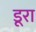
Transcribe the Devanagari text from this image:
डूरा